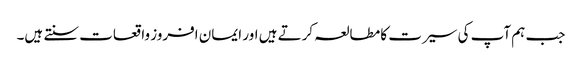
جب ہم آپ کی سیرت کا مطالعہ کرتے ہیں اور ایمان افروز واقعات سنتے ہیں۔